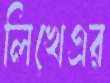
লিখেএর